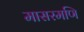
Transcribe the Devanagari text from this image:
मासरमणि